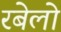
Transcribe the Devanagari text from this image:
रबेलो